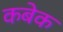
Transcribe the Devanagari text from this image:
कबेक